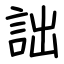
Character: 詘